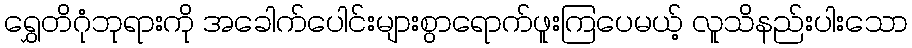
ရွှေတိဂုံဘုရားကို အခေါက်ပေါင်းများစွာရောက်ဖူးကြပေမယ့် လူသိနည်းပါးသော